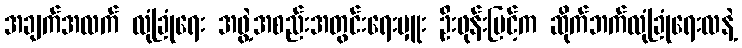
အချက်အလက် လုံခြုံရေး အဖွဲ့အစည်းအတွင်းရေးမှူး ဦးဖုန်းမြင့်က ဆိုက်ဘက်လုံခြုံရေးလနဲ့